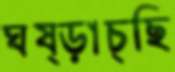
ঘষ্‌ড়াচ্ছি